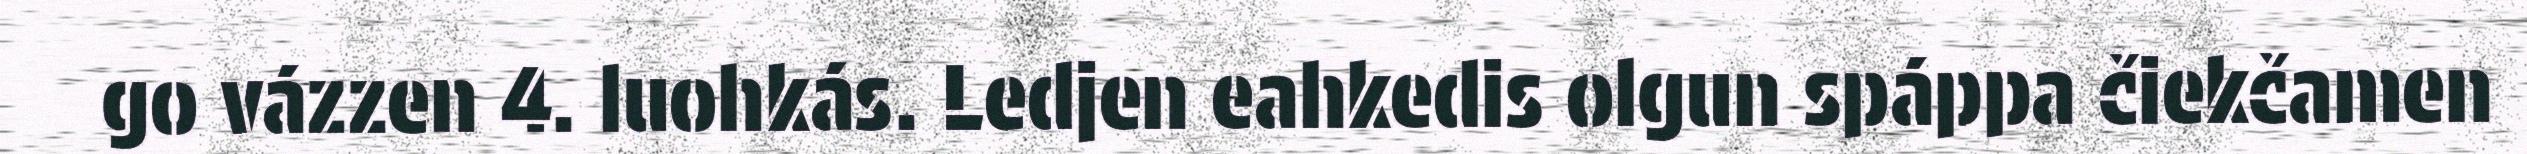
go vázzen 4. luohkás. Ledjen eahkedis olgun spáppa čiekčamen